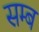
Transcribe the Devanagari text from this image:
सम्ब